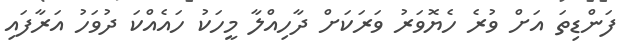
ފަންޑިތަ އަށް ވުރެ ހެޔޮވަރު ވަރަކަށް ދާހިއްލާ މީހަކު ހައެއްކަ ދުވަހު އަރާފަައި